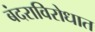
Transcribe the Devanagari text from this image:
बंदराविरोधात